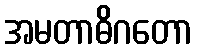
အမတာဓိဂတော